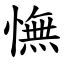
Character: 憮